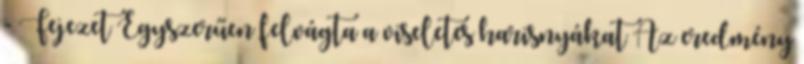
- Fejezet Egyszerűen felvágta a viseletes harisnyákat Az eredmény